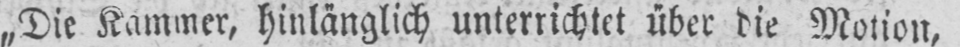
„Die Kammer, hinlänglich unterrichtet über die Motion,